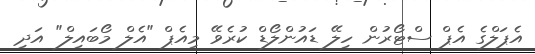
އެޕަލްގެ އެޕް ސްޓޯރުން ހިލޭ ޑައުންލޯޑް ކުރެވޭ މިއެޕް "އެލް މޯބައިލް" އަދި